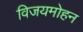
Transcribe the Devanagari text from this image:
विजयमोहन